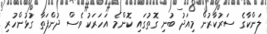
ލަންކާގެ ސަރުކާރުން މިއަދު ބުނި ގޮތުގައި ކޮންމެ އަހަރަކު ވެސް ދުންފަތާ ގުޅުންހުރި